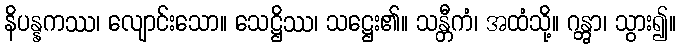
နိပန္နကဿ၊ လျောင်းသော။ သေဋ္ဌိဿ၊ သဋ္ဌေး၏။ သန္တီကံ၊ အထံသို့။ ဂန္တွာ၊ သွား၍။